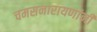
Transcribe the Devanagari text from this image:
चमसनारायणांनी